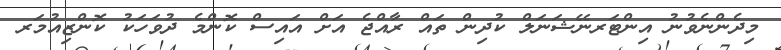
މިދެންނެވުނު އިންޓަރނޭޝަނަލް ކުދިން ތައް ރާއްޖެ އަށް އައިސް ކޮންމެ ދުވަހަކު ކޮންޒިއުމަރ